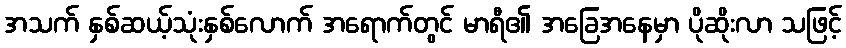
အသက် နှစ်ဆယ့်သုံးနှစ်လောက် အရောက်တွင် မာရီ၏ အခြေအနေမှာ ပိုဆိုးလာ သဖြင့်